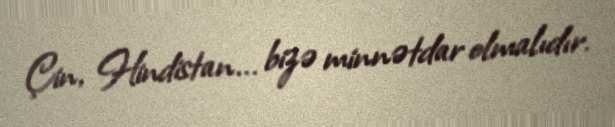
Çin, Hindistan... bizə minnətdar olmalıdır.